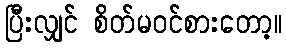
ပြီးလျှင် စိတ်မဝင်စားတော့။